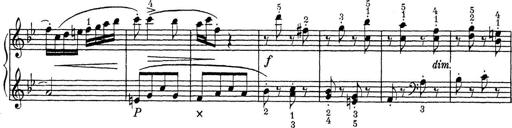
Title: ÄŒeskÃ© Sonatiny
Composer: Various